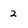
Character: 2